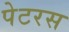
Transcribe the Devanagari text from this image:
पेटरस